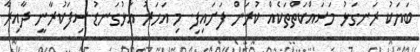
ބަޔަކު ރަނގަޅު މަސައްކަތްތަކެއް ކުރަން ފަށައިފި. މި އަހަރު އަޅުގަނޑު ސިފަކުރާނީ ދާއިރާ